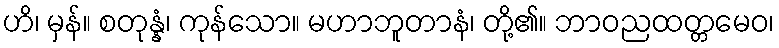
ဟိ၊ မှန်။ စတုန္နံ၊ ကုန်သော။ မဟာဘူတာနံ၊ တို့၏။ ဘာဝညထတ္တမေဝ၊